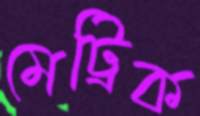
মেট্রিক